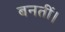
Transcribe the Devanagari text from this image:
बनतीं।